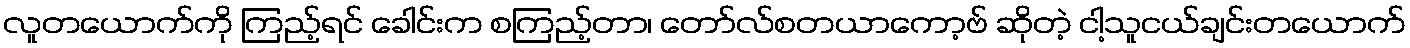
လူတယောက်ကို ကြည့်ရင် ခေါင်းက စကြည့်တာ၊ တော်လ်စတယာကော့ဗ် ဆိုတဲ့ ငါ့သူငယ်ချင်းတယောက်